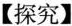
【探究】